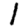
Digit: 1